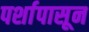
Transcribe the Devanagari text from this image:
पर्शापासून